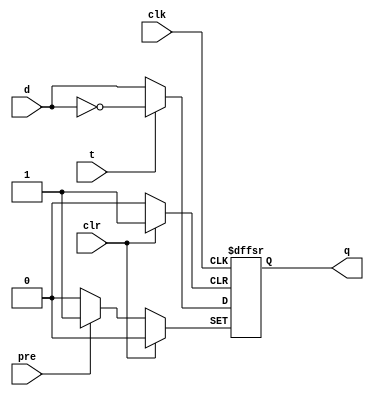
`timescale 1ns / 1ps
//////////////////////////////////////////////////////////////////////////////////
// Company: 
// Engineer: 
// 
// Design Name: 
// Module Name: tflipflop
// Project Name: 
// Target Devices: 
// Tool Versions: 
// Description: 
// 
// Dependencies: 
// 
// Revision:
// Revision 0.01 - File Created
// Additional Comments:
// 
//////////////////////////////////////////////////////////////////////////////////


module tflipflop(input clk, input d, input t, input pre,
     input clr, output reg q);
    always @ (negedge clk, posedge pre, posedge clr)
        if(pre == 1'b1)
            q <= 1'b1;
        else if (clr == 1'b1)
            q <= 1'b0;
        else if(t == 1'b1)
         q  <= ~d;
        else 
        q <= d;
endmodule